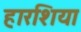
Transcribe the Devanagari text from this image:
हारशिया